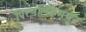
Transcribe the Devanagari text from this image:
पित्त्नलिकेमधून